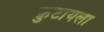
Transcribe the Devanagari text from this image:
फ़ुटायला